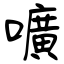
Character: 嚝